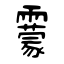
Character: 靀